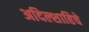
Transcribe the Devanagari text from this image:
अदिल्शाहिचे